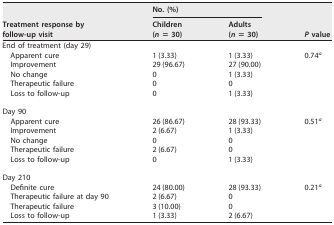
<table><thead><tr><td rowspan="2"><b>Treatment response by follow-up visit</b></td><td colspan="2"><b>No. (%)</b></td><td rowspan="2"><b><i>P</i> value</b></td></tr><tr><td><b>Children (<i>n</i> = 30)</b></td><td><b>Adults (<i>n</i> = 30)</b></td></tr></thead><tbody><tr><td>End of treatment (day 29)</td><td></td><td></td><td></td></tr><tr><td>Apparent cure</td><td>1 (3.33)</td><td>1 (3.33)</td><td>0.74<sup><i>a</i></sup></td></tr><tr><td>Improvement</td><td>29 (96.67)</td><td>27 (90.00)</td><td></td></tr><tr><td>No change</td><td>0</td><td>1 (3.33)</td><td></td></tr><tr><td>Therapeutic failure</td><td>0</td><td>0</td><td></td></tr><tr><td>Loss to follow-up</td><td>0</td><td>1 (3.33)</td><td></td></tr><tr><td>Day 90</td><td></td><td></td><td></td></tr><tr><td>Apparent cure</td><td>26 (86.67)</td><td>28 (93.33)</td><td>0.51<sup><i>a</i></sup></td></tr><tr><td>Improvement</td><td>2 (6.67)</td><td>1 (3.33)</td><td></td></tr><tr><td>No change</td><td>0</td><td>0</td><td></td></tr><tr><td>Therapeutic failure</td><td>2 (6.67)</td><td>0</td><td></td></tr><tr><td>Loss to follow-up</td><td>0</td><td>1 (3.33)</td><td></td></tr><tr><td>Day 210</td><td></td><td></td><td></td></tr><tr><td>Definite cure</td><td>24 (80.00)</td><td>28 (93.33)</td><td>0.21<sup><i>a</i></sup></td></tr><tr><td>Therapeutic failure at day 90</td><td>2 (6.67)</td><td>0</td><td></td></tr><tr><td>Therapeutic failure</td><td>3 (10.00)</td><td>0</td><td></td></tr><tr><td>Loss to follow-up</td><td>1 (3.33)</td><td>2 (6.67)</td><td></td></tr></tbody></table>